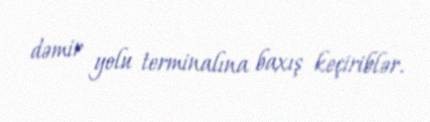
dəmir yolu terminalına baxış keçiriblər.